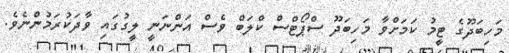
މަހިބަދޫގެ ޓީމު ކަމަށްވާ މަހިބަދޫ ސްޕޯޓްސް ކްލަބް ވެސް އަންނަނީ ލީގުގައި ވާދަކުރަމުންނެވެ.